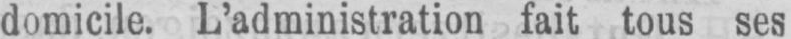
domicile. L’administration fait tous ses